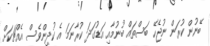
ބޭނުން ކުރަން ނުޖެހޭ ބަސްތައް ބުނުމާއި އަޑުގަދަ ކުރާނަމަ އެ ކުދިންވެސް އެއްޗަކަށް